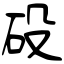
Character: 砓